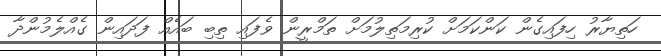
ހަތިޔާރު ހިފައިގެން ކަންކަމަށް ކުރިމަތިލުމަށް ތަމްރީން ވެފައި ތިބި ބައެއް ފަދައިން ގެއްލެމުންދާ